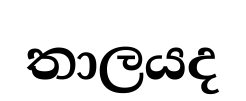
තාලයද